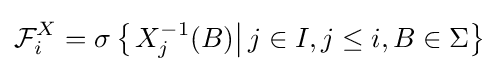
{\mathcal {F}}_{i}^{X}=\sigma \left\{\left.X_{j}^{-1}(B)\right|j\in I,j\leq i,B\in \Sigma \right\}